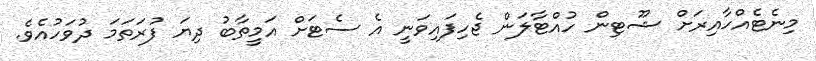
މިނެޓެއްހާއިރަށް ޝޫޓިން ހުއްޓާލަން ޖެހިފައިވަނީ އެ ސެޓަށް އަމީތާބު ދިޔަ ފުރަތަމަ ދުވަހުއެވެ.